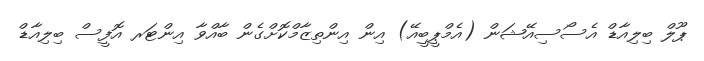
ޕޫލް ބިލިއާޑް އެސޯސިއޭޝަން (އެމްޕީބީއޭ) އިން އިންތިޒާމްކޮށްގެން ބާއްވާ އިންޓަރ އޮފީސް ބިލިއާޑް